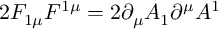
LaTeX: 2 F _ { 1 \mu } F ^ { 1 \mu } = 2 \partial _ { \mu } A _ { 1 } \partial ^ { \mu } A ^ { 1 }